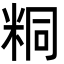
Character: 粡